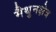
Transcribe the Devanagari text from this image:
मैथुनक्षेत्र